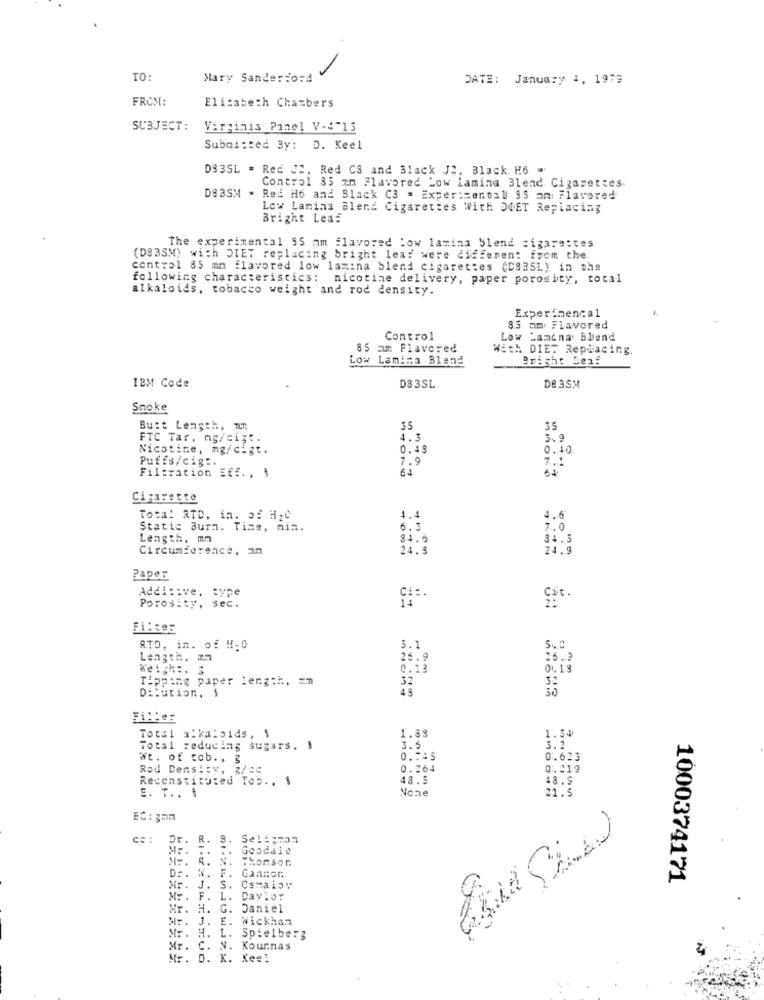
TO:
Mary Sander:ord
DATE: January 4, 1979
FROM:
Elisabeth Chambers
SUBJECT:
Virginis Panel V-4"13
Submitted By: D. Keel
D83SL - Red JC, Red CS and Black J2, Black. H6 "
Control 35 mm Flavored Low Lamine Blend Cigarettes.
DS BSM - Red H6 and Black C3 = Exper:sentall 93 an: Flavored
Low Lamina Blend Cigarettes With DOET Replacing
Bright Leaf
The experimental SS am flavored low lamina blend cigarettes
(DSBSM) with DIET replacing bright leaf were different from the.
control 85 mm flavored low lamina blend cigarettes (DSB5L): in the
following characteristics: nicotine delivery, paper porosity, total
alkaloids, tobacco weight and rod density.
Experimental
85 mm: Flavored
Control
Low Landna Blend
85 am Flavored
With DIET Replacing.
Low Lamina Blend
Bright Senf
IBM Code
DS 3SL
DE 3SM
Smoke
Bust Length, IT.
35
35
FTC Tar. mg/cist.
4.3
3. 9
Nicotine, mg/cigt.
0.49
0.40
Puffs/cigt.
7.9
Filtration Eff. , $
64
7.1
Cigarette
Total RTD, in. 52 H20
4.4
4.6
Static Burn. Tise, min.
6.3
7.0
Length, mm
84.6
34.5
Circumference, an
24.3
24.9
Paper
Additive, type
Porosity, sec.
Filter
RTO, in. of !!: 0
3.1
5.3
Length, 27
26.9
26.3
0.13
01.19
Topping paper length, En
32
43
30
Dilution. 1
Filler
1.88
1.54
Total alkaloids , $
Total reducing sugars. $
3.
3.2
Wt. of cob. , 3
0.505
0.623
Rod Density, z/cc
0. 264
0.219
Reconstituted Tob. . $
48.5
48.9
E. T .. .
21.5
EC : 3mm
Dr. R.
Seligman
Goodale
ME. R. N.
THORson
Dr. W. F. Gannon.
1000374171
Mr .
J. S.
Csmaioy
Mr.
F.
Daylor
G. Daniel
Mr. J. E. Wickham
Mr. H. L.
Spielberg
Mr. C. V. Kournas
Mr. D. K. Kee!